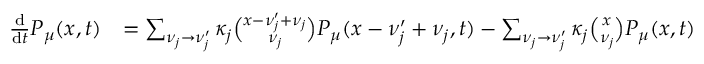
\begin{array} { r l } { \frac { \mathrm d } { \mathrm d t } P _ { \mu } ( x , t ) } & { = \sum _ { \nu _ { j } \to \nu _ { j } ^ { \prime } } \kappa _ { j } \binom { x - \nu _ { j } ^ { \prime } + \nu _ { j } } { \nu _ { j } } P _ { \mu } ( x - \nu _ { j } ^ { \prime } + \nu _ { j } , t ) - \sum _ { \nu _ { j } \to \nu _ { j } ^ { \prime } } \kappa _ { j } \binom { x } { \nu _ { j } } P _ { \mu } ( x , t ) } \end{array}